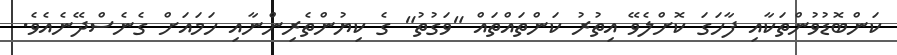
ކަންބޮޑުވުންތަކާއި ފާހަގަ ކޮށްލެވޭ އިތުރު ކަންތައްތައް "ވަގުތު" ގެ ކިޔުންތެރިންނާއި ހަމައަށް ގެނެސްދޭނެއެވެ.